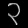
Digit: ၃